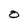
Character: O